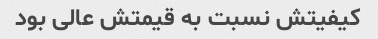
کیفیتش نسبت به قیمتش عالی بود